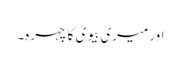
اور میری بیوی کا چہرہ۔